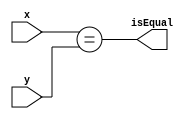
module comparator(
	input [15:0]x,y,
	output isEqual
	);
	
	assign isEqual = (x==y);
	
endmodule